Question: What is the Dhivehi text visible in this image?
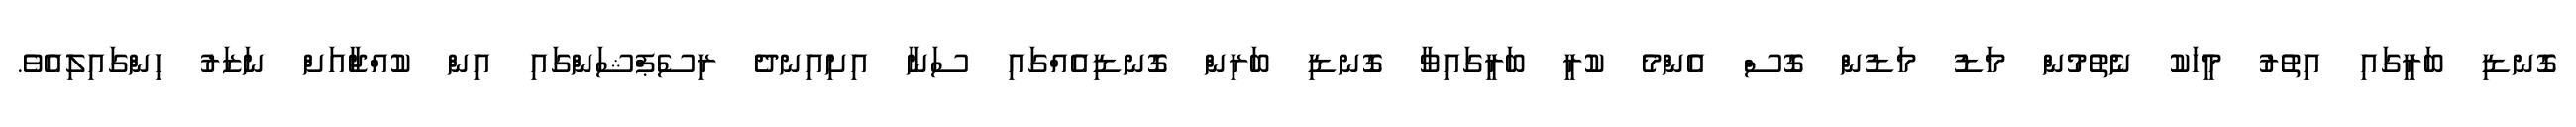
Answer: ގޮނޑި ބަރީގައި އިތުރު މީހަކު ނެތުމުން މަޑު މަޑުން ގޮސް އެންމެ ކުރީ ބަރީގައިވާ ގޮނޑި ބަރިން ގޮނޑިއެއްގައި ސަނާ އިށިއިނދެ ރިސެޕްޝަންގައި އިން ކުއްޖާއަށް ނަޒަރު ހިންގައިލިއެވެ.